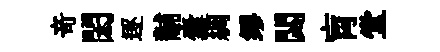
竒閎逐黼囊綢缪閟肓堂